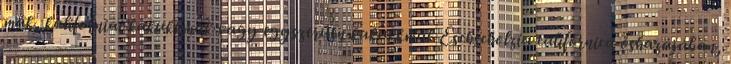
mák, kaliforniai kakukkmák vagy egyszerűen kakukkmák Eschscholzia californica őshazájában,